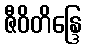
ဇီဝိတိန္ဒြေ